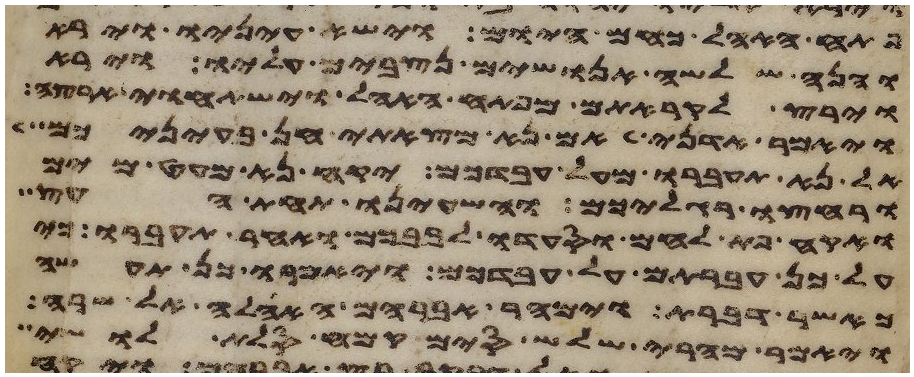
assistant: פתח האהל כחם היום וישא עיניו וירא
והנה שלשה אנושים נצבים עליו וירא
וירץ לקראתם מפתח האהל וישתחוי ארצה
ויאמר אדני אם נא מצאתי חן בעיניכם
אל נא תעברו מעל עבדכם יקח נא מעט מים
ורחצו רגליכם והשעינו תחת העץ
ואקח פת לחם וסעדו לבבכם ואחר תעברו כי
על כן עברתם על עבדכם ויאמרו כן תעשה
כאשר דברת וימהר אברהם האהלה אל שרה
ויאמר מהרי שלש סים קמח סלת לושי